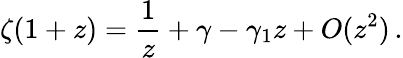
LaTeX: \zeta(1+z)={\frac{1}{z}}+\gamma-\gamma_{1}z+O(z^{2})\, .